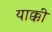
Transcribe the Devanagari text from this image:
याक्की